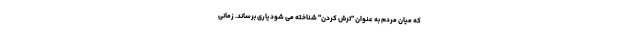
که میان مردم به عنوان "ترش کردن" شناخته می شود یاری برساند. زمانی